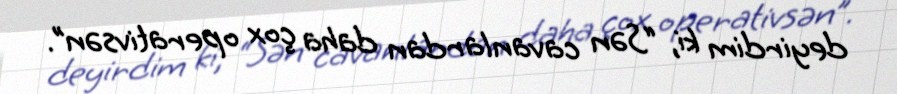
deyirdim ki, “Sən cavanlardan daha çox operativsən”.